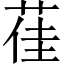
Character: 龿